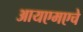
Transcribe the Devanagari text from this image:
आयएमएचे